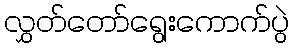
လွှတ်တော်ရွေးကောက်ပွဲ